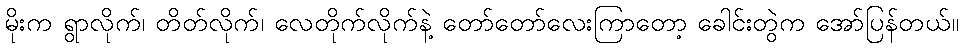
မိုးက ရွာလိုက်၊ တိတ်လိုက်၊ လေတိုက်လိုက်နဲ့ တော်တော်လေးကြာတော့ ခေါင်းတွဲက အော်ပြန်တယ်။